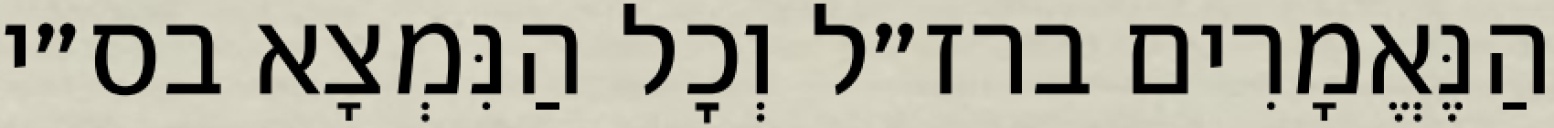
הַנֶּאֱמָרִים ברז״ל וְכׇל הַנִּמְצָא בס״י